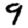
Digit: 9